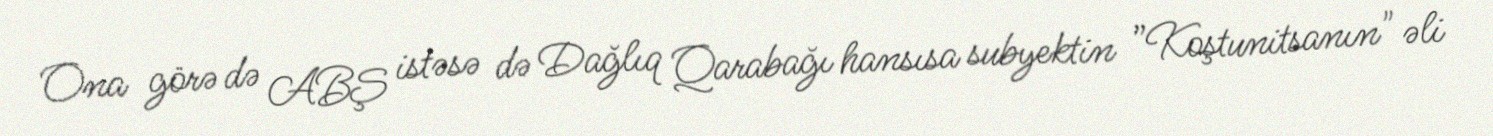
Ona görə də ABŞ istəsə də Dağlıq Qarabağı hansısa subyektin ”Koştunitsanın" əli